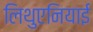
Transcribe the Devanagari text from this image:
लिथुएनियाई